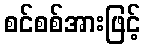
စင်စစ်အားဖြင့်